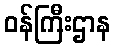
ဝန်ကြီးဌာန